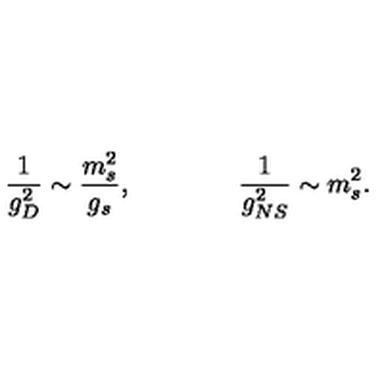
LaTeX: \frac { 1 } { g _ { D } ^ { 2 } } \sim \frac { m _ { s } ^ { 2 } } { g _ { s } } , \qquad \qquad \frac { 1 } { g _ { N S } ^ { 2 } } \sim m _ { s } ^ { 2 } .